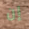
إن